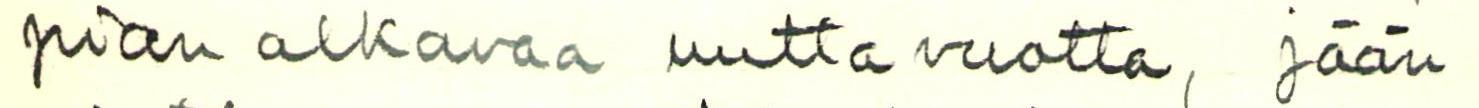
pian alkavaa uutta vuotta, jään